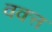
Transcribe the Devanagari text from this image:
वक्त्त